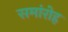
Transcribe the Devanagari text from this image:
समांरोह